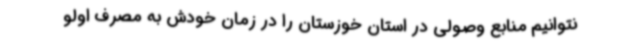
نتوانیم منابع وصولی در استان خوزستان را در زمان خودش به مصرف اولو